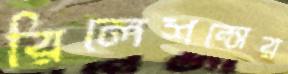
রিলেশন্সের